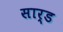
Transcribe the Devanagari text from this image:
सार्ड